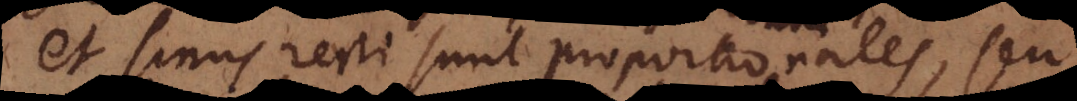
et sinus recti sunt proportionales, seu